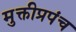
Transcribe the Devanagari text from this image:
मुक्तीप्रपंच